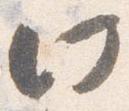
此